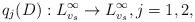
LaTeX: \begin{align*}q_j(D):L^\infty_{v_s}\to L^\infty_{v_s}, j=1,2,\end{align*}